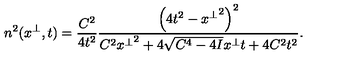
n ^ { 2 } ( x ^ { \perp } , t ) = \frac { C ^ { 2 } } { 4 t ^ { 2 } } \frac { \left( 4 t ^ { 2 } - { x ^ { \perp } } ^ { 2 } \right) ^ { 2 } } { C ^ { 2 } { x ^ { \perp } } ^ { 2 } + 4 \sqrt { C ^ { 4 } - 4 I } x ^ { \perp } t + 4 C ^ { 2 } t ^ { 2 } } .